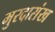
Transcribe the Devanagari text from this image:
मुरदासंख